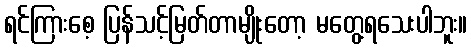
ရင်ကြားစေ့ ပြန်သင့်မြတ်တာမျိုးတော့ မတွေ့ရသေးပါဘူး။